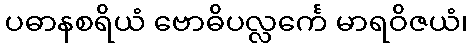
ပဓာနစရိယံ ဗောဓိပလ္လင်္ကေ မာရဝိဇယံ၊